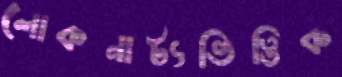
লোকনাট্যভিত্তিক